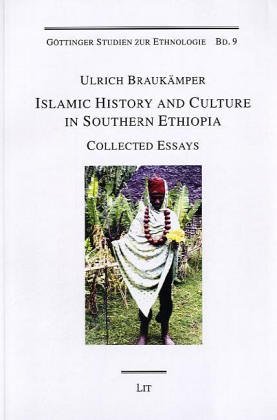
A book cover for Islamic History and Culture in Southern Ethiopia: Collected Essays (Gottinger Studien zur Ethnologie); Ulrich Braukamper; History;